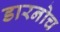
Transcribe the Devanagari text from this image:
डारनोच